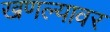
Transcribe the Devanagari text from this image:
खणल्यावर